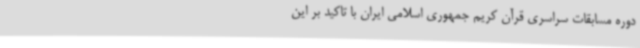
دوره مسابقات سراسری قرآن کریم جمهوری اسلامی ایران با تاکید بر این